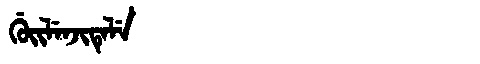
Manchu: ᡤᡠᡳᠯᡝᠨᠵᡳᡨᡝᠯᡝ
Romanization: GUILENJITELE